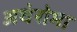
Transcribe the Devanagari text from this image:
अथेरोमा